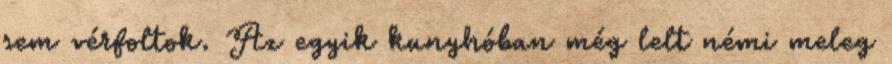
sem vérfoltok. Az egyik kunyhóban még lelt némi meleg